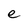
Character: e